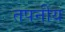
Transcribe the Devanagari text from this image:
तपनीय